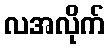
လအလိုက်